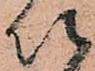
以